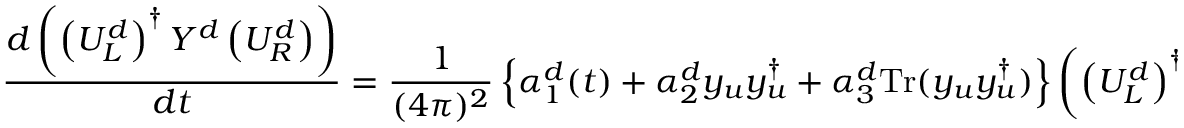
\frac { d \left( \left( U _ { L } ^ { d } \right) ^ { \dagger } Y ^ { d } \left( U _ { R } ^ { d } \right) \right) } { d t } = \frac { 1 } { ( 4 \pi ) ^ { 2 } } \left\{ \alpha _ { 1 } ^ { d } ( t ) + \alpha _ { 2 } ^ { d } y _ { u } ^ { \phantom { \dagger } } y _ { u } ^ { \dagger } + \alpha _ { 3 } ^ { d } \mathrm { T r } ( y _ { u } ^ { \phantom { \dagger } } y _ { u } ^ { \dagger } ) \right\} \left( \left( U _ { L } ^ { d } \right) ^ { \dagger } Y ^ { d } \left( U _ { R } ^ { d } \right) \right) ,